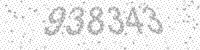
Solution: 938343